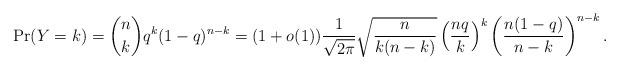
LaTeX: \begin{align*}\Pr(Y = k) = \binom{n}{k} q^k(1-q)^{n-k} =(1+o(1)) \frac{1}{\sqrt{2 \pi}} \sqrt{\frac{n}{k(n-k)}}\left(\frac{n q}{k}\right)^k \left(\frac{n(1-q)}{n-k}\right)^{n-k}.\end{align*}